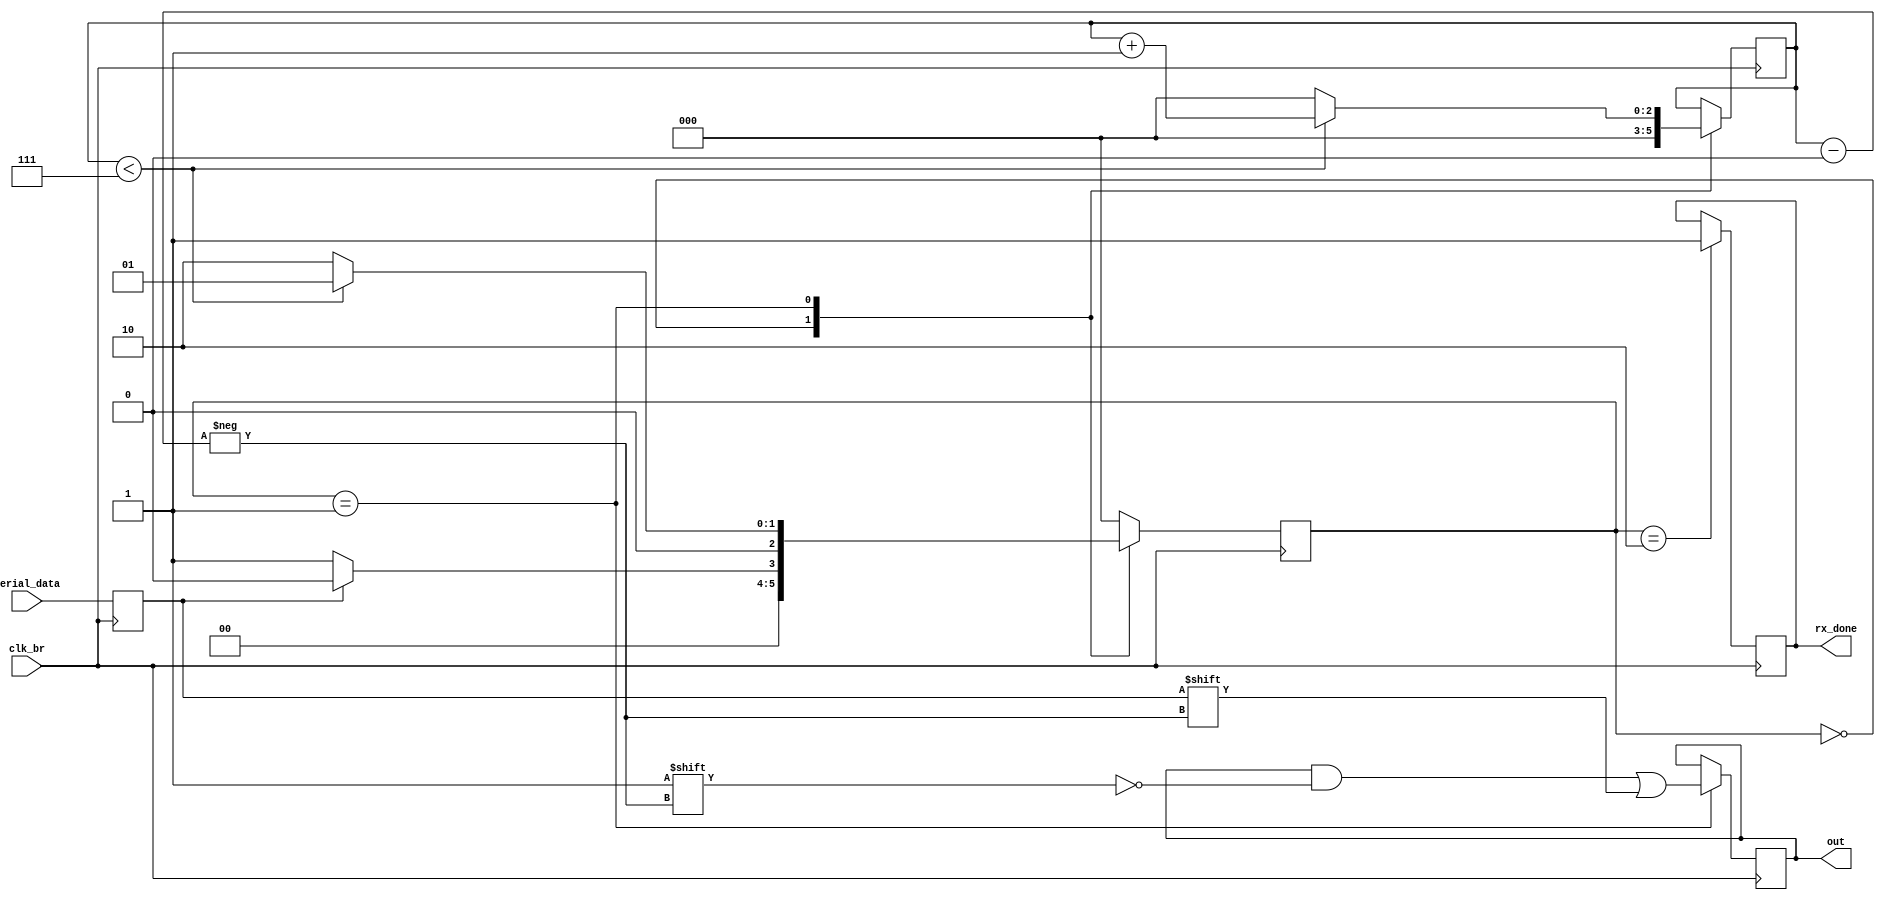
module uart_rx (
	input clk_br,
	input serial_data,
	output wire rx_done,
	output wire [7:0] out
);

parameter s_IDLE = 3'b000;
parameter s_DATA = 3'b001;
parameter s_STOP = 3'b010;
//parameter s_CLEN = 3'b011;

reg [2:0] bit_pos = 0;
reg [7:0] rx_reg = 0;
reg [2:0] s_current = 0;
reg rx_d = 0;
reg rx_bit;

always @(posedge clk_br)
	begin
		rx_bit <= serial_data;
	end


always @(posedge clk_br)
	begin
	case (s_current)
	s_IDLE:
		begin
		bit_pos <= 0;
		if (rx_bit == 1'b0)
			s_current <= s_DATA;
		else
			s_current <= s_IDLE;
		end
	s_DATA:
		begin
		bit_pos <= 1'b1;
		rx_reg[bit_pos] <= rx_bit;
		if (bit_pos < 7)
			begin
				bit_pos <= bit_pos + 1'b1;
				s_current <= s_DATA;
			end
		else
			begin
				bit_pos <= 0;
				s_current <= s_STOP;
			end
		end
	s_STOP:
		begin
		rx_d <= 1'b1;
		s_current <= s_IDLE;
		end
//	s_CLEAN:
//		begin
//		rx_reg <= 8'b00000000;
//		rx_d <= 1'b0;
//		s_current <= s_IDLE;
//		end
	default:
		s_current <= s_IDLE;
	endcase
end

	assign out = rx_reg;
	assign rx_done = rx_d;

endmodule